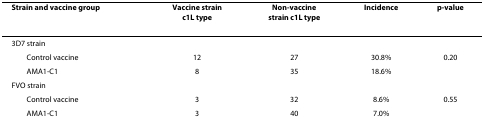
<table><thead><tr><td><b>Strain and vaccine group</b></td><td><b>Vaccine strainc1L type</b></td><td><b>Non-vaccinestrain c1L type</b></td><td><b>Incidence</b></td><td><b>p-value</b></td></tr></thead><tbody><tr><td>3D7 strain</td><td></td><td></td><td></td><td></td></tr><tr><td> Control vaccine</td><td>12</td><td>27</td><td>30.8%</td><td>0.20</td></tr><tr><td> AMA1-C1</td><td>8</td><td>35</td><td>18.6%</td><td></td></tr><tr><td>FVO strain</td><td></td><td></td><td></td><td></td></tr><tr><td> Control vaccine</td><td>3</td><td>32</td><td>8.6%</td><td>0.55</td></tr><tr><td> AMA1-C1</td><td>3</td><td>40</td><td>7.0%</td><td></td></tr></tbody></table>